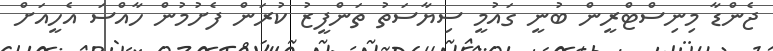
ޖެންޑާ މިނިސްޓްރީން ބުނީ ގައުމީ ސިޔާސަތު ތަންފީޒު ކުރަން ފެށުމުން ހާއްސަ އެހީއަށް